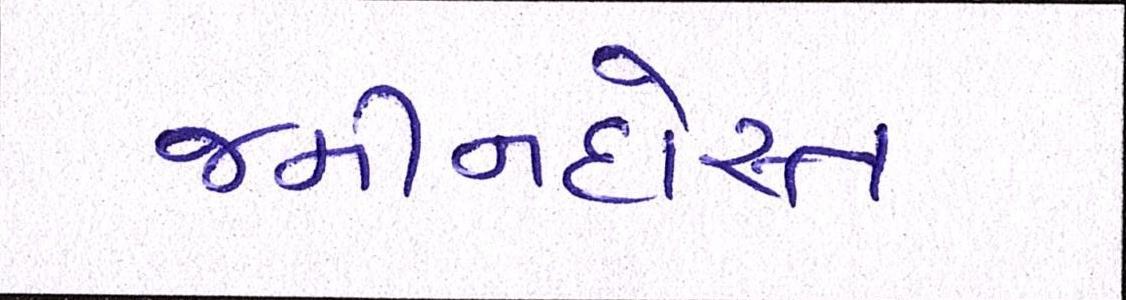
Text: જમીનદોસ્ત